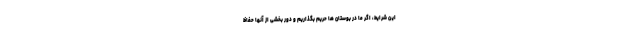
این شرایط، اگر ما در بوستان ها حریم بگذاریم و دور بخشی از آنها حفاظ